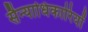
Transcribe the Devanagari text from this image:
सैन्याधिकारियों